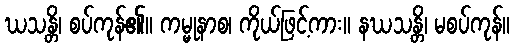
ဃသန္တိ၊ စပ်ကုန်၏။ ကမ္မုနာစ၊ ကိုယ်ဖြင့်ကား။ နဃသန္တိ၊ မစပ်ကုန်။